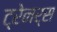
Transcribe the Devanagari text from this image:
ट्रेनर्स